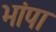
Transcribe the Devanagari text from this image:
भांपा